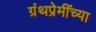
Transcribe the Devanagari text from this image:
ग्रंथप्रेमींच्या